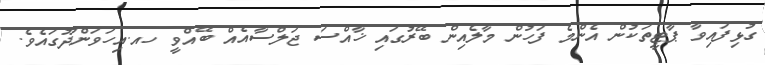
ގުޅިފައިވާ ޕާޓީތަކުން އެންމެ ފަހުން މާލެއިން ބޭރުގައި ޚާއްސަ ޖަލްސާއެއް ބޭއްވީ ހއ.އިހަވަންދޫގައެވެ.